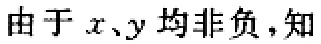
由于 \(x、y\) 均非负，知